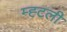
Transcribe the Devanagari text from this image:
म्ह्टली